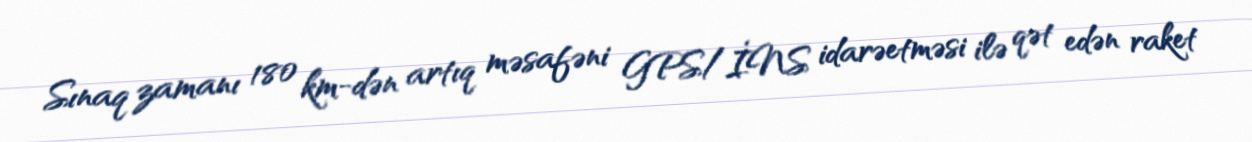
Sınaq zamanı 180 km-dən artıq məsafəni GPS/İNS idarəetməsi ilə qət edən raket